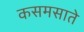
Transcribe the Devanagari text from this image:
कसमसाते